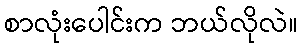
စာလုံးပေါင်းက ဘယ်လိုလဲ။